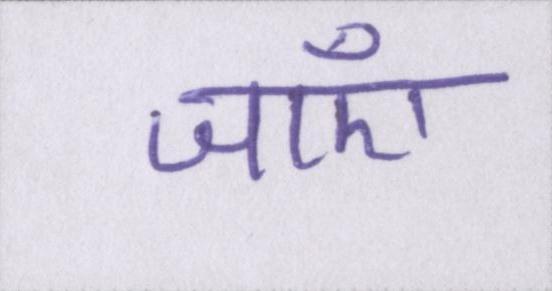
जाएँ